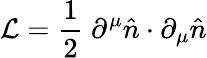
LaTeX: {\mathcal{L}}={\frac{1}{2}}\ \partial^{\mu}{\hat{n}}\cdot\partial_{\mu}{\hat{n}}